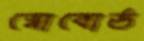
স্নোবোর্ড